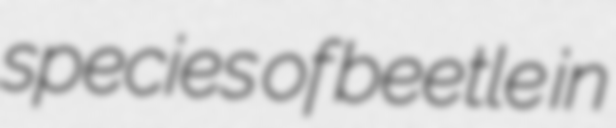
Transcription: species of beetle in